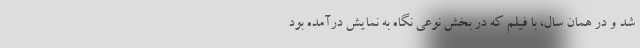
شد و در همان سال، با فیلم که در بخش نوعی نگاه به نمایش درآمده بود